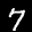
Label: 7